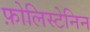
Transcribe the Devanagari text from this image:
फ़ोलिस्टेनिन